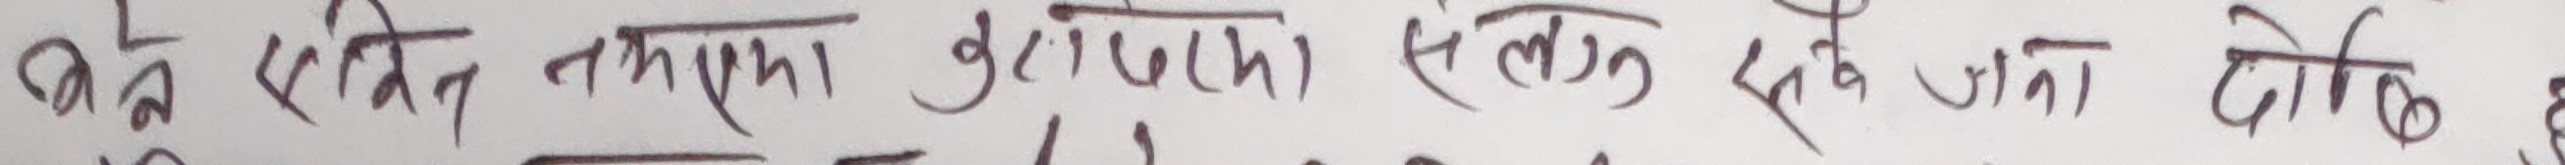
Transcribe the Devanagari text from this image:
कुनै एकत्रित तत्‌अंकका बुँदाहरूको संलग्न एकै ठाउँमा दोहरो